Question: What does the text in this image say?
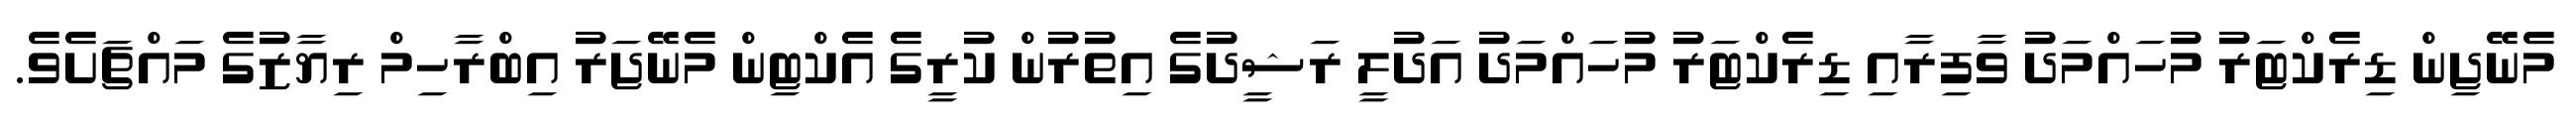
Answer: މެނޭޖިން ޑިރެކްޓަރު މުހައްމަދު ވާފިރާއި ޑިރެކްޓަރު މުހައްމަދު އަދުލީ ރަޝީދުގެ އިތުރުން ކުރީގެ އެކްޓިން މެނޭޖަރު އިބްރާހިމް ރިޔާޒުގެ މައްޗަށެވެ.